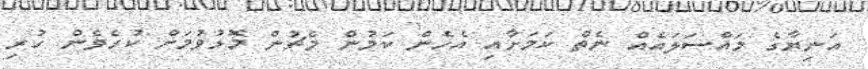
އަނިޔާގެ މައްސަލައެއް ނެތް ކަމަށާއި އެހެން ކަމުން މެޗުން މޮޅުވުމަށް ކުރެވެން ހުރި